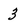
Character: 3